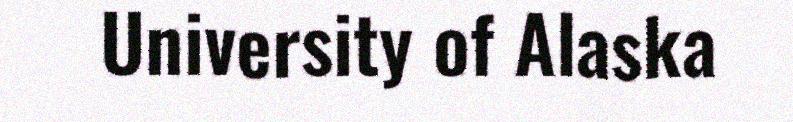
University of Alaska